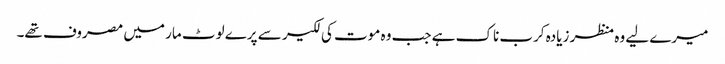
میرے لیے وہ منظر زیادہ کرب ناک ہے جب وہ موت کی لکیر سے پرے لوٹ مار میں مصروف تھے۔